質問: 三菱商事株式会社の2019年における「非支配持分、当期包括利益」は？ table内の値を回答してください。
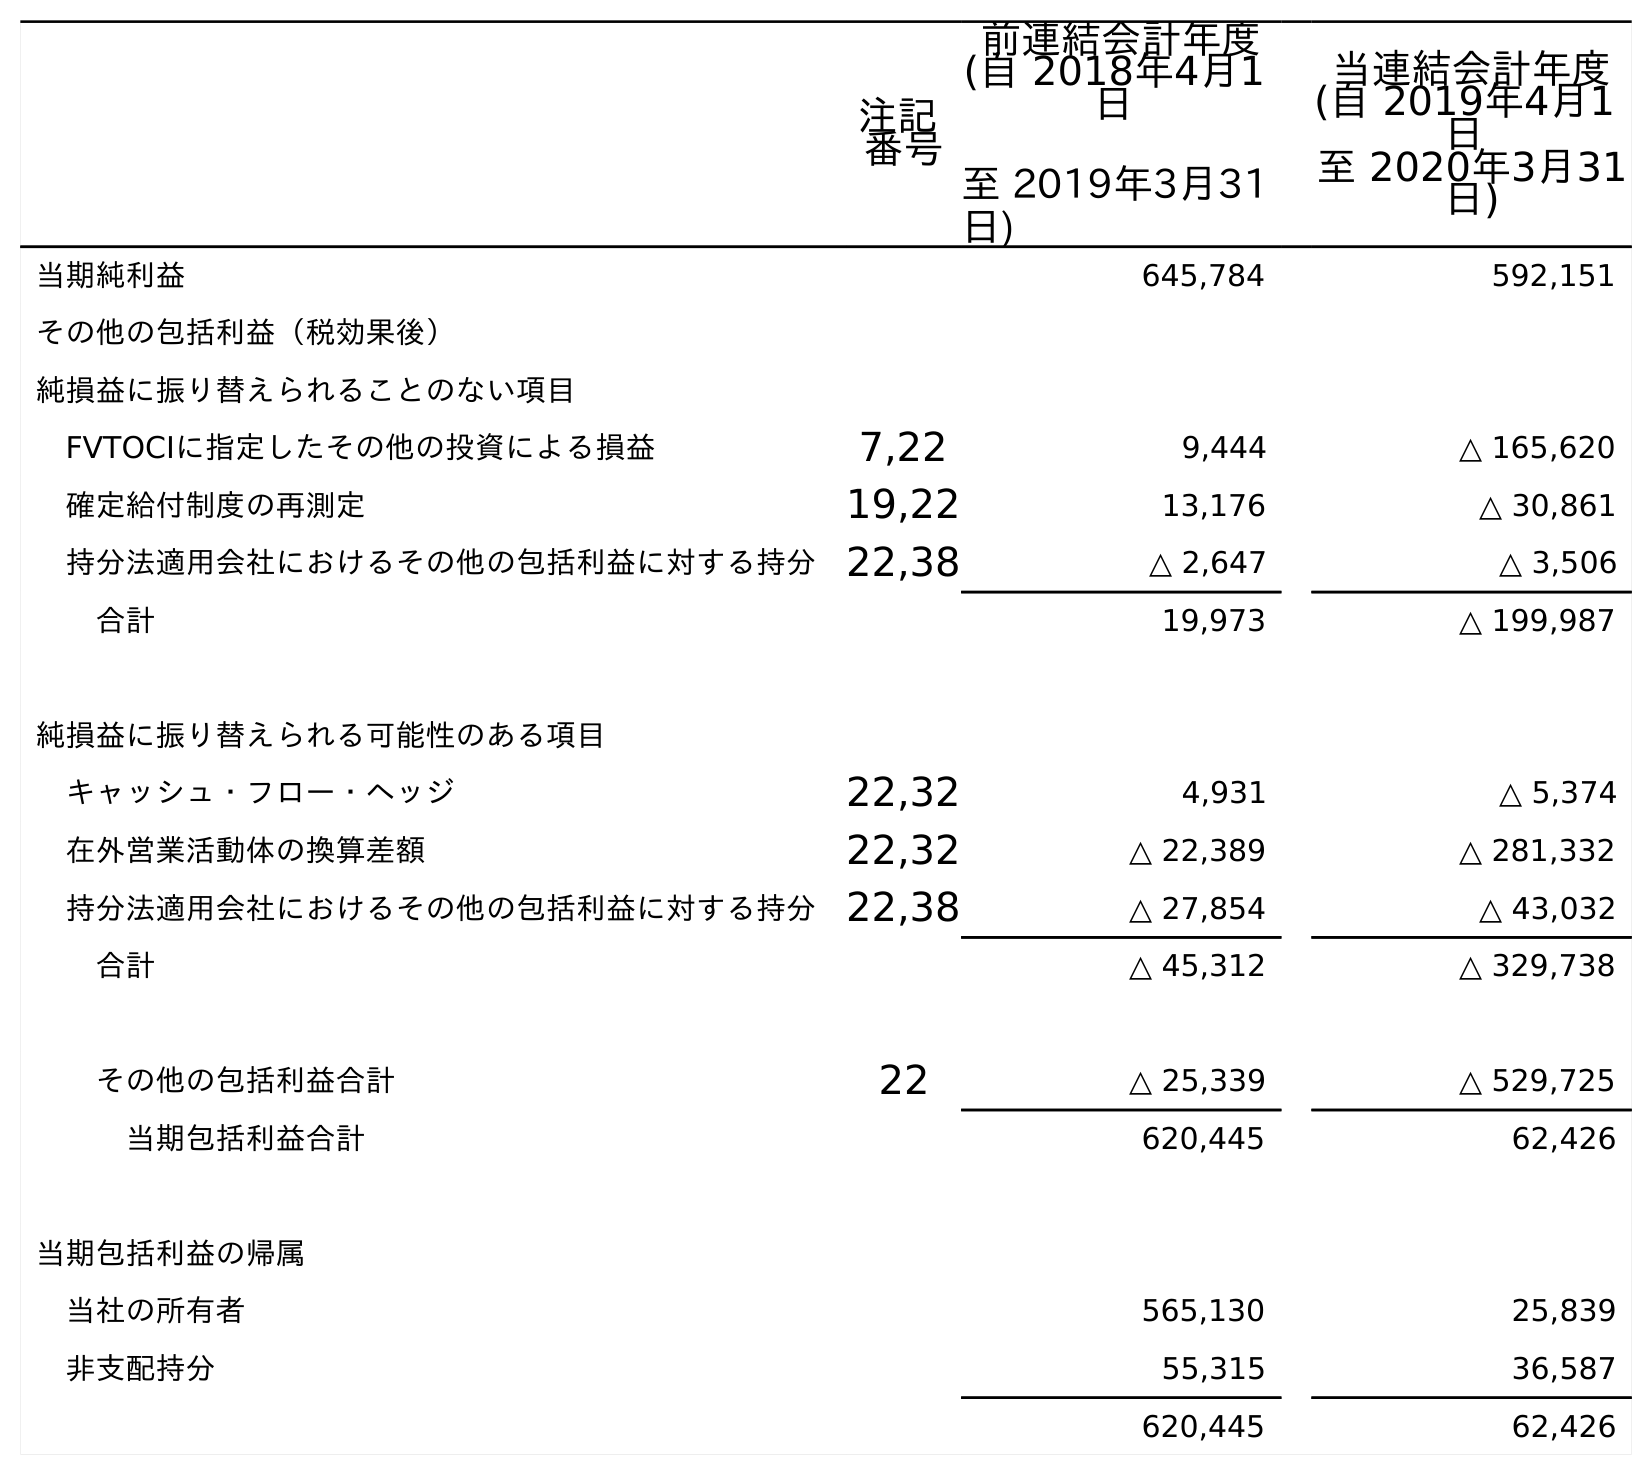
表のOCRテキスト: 注記 番号 前連結会計年度 (自 2018年4月1 日 至 2019年3月31 日) 当連結会計年度 (自 2019年4月1 日 至 2020年3月31 日) 当期純利益 645,784 592,151 その他の包括利益（税効果後） 純損益に振り替えられることのない項目 FVTOCIに指定したその他の投資による損益 7,22 9,444 △ 165,620 確定給付制度の再測定 19,22 13,176 △ 30,861 持分法適用会社におけるその他の包括利益に対する持分22,38 △ 2,647 △ 3,506 合計 19,973 △ 199,987 純損益に振り替えられる可能性のある項目 キャッシュ・フロー・ヘッジ 22,32 4,931 △ 5,374 在外営業活動体の換算差額 22,32 △ 22,389 △ 281,332 持分法適用会社におけるその他の包括利益に対する持分22,38 △ 27,854 △ 43,032 合計 △ 45,312 △ 329,738 その他の包括利益合計 22 △ 25,339 △ 529,725 当期包括利益合計 620,445 62,426 当期包括利益の帰属 当社の所有者 565,130 25,839 非支配持分 55,315 36,587 620,445 62,426
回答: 55,315